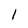
Character: 1